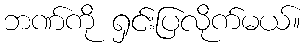
ဘဏ်ကို ရှင်းပြလိုက်မယ်။